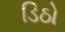
ડિઠો